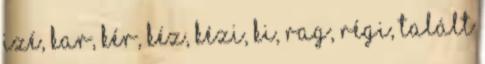
IZÉ, KAR, KÉR, KÉZ, KÉZI, KI, RAG, RÉGI, Talált